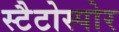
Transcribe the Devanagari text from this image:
स्टैटोस्पोर